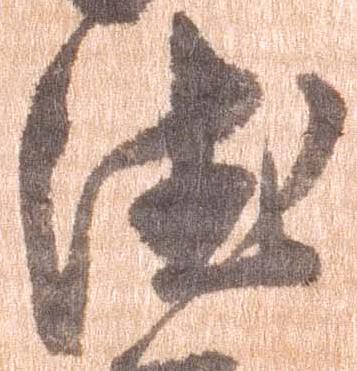
徳